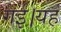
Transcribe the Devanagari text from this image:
गई।यह